Indian journal of veterinary science and animal husbandry - Volume 10,
Year: 1940
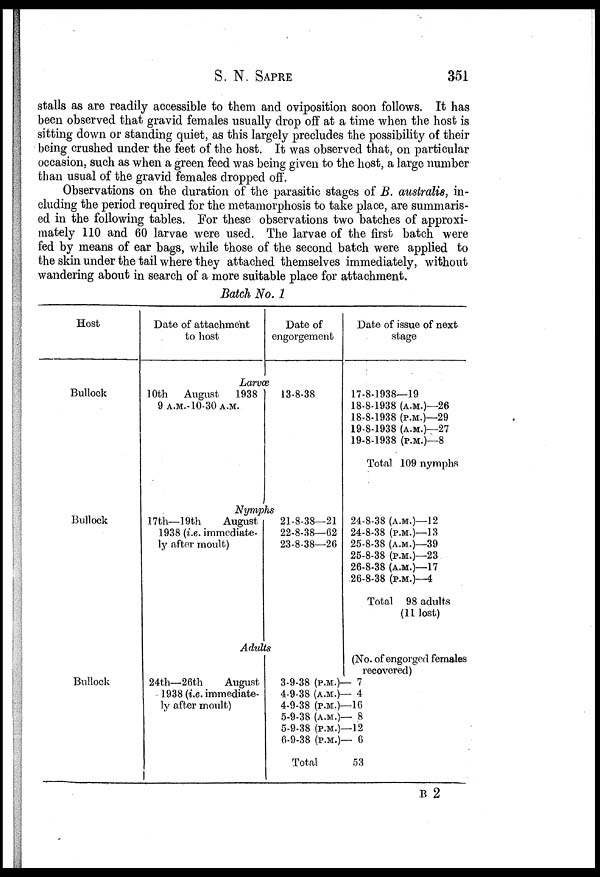
S. N.
SAPRE
351
stalls as are readily accessible to them and oviposition soon follows. It has
been observed that gravid females usually drop off at a time when the host is
sitting down or standing quiet, as this largely precludes the possibility of their
being crushed under the feet of the host. It was observed that, on particular
occasion, such as when a green feed was being given to the host, a large number
than usual of the gravid females dropped off.
Observations on the duration of the parasitic stages of B. australis, in-
cluding the period required for the metamorphosis to take place, are summaris-
ed in the following tables. For these observations two batches of approxi-
mately 110 and 60 larvae were used. The larvae of the first batch were
fed by means of ear bags, while those of the second batch were applied to
the skin under the tail where they attached themselves immediately, without
wandering about in search of a more suitable place for attachment.
Batch No. 1
Host
Bullock
Bullock
Bullock
Date of attachment
to host
Date of
engorgement
Larvæ
10th
August
1938
9 A.M.-10-30 A.M.
13-8-38
Nymphs
17th— 19th
August
1938 (i.e. immediate-
ly after moult)
21-8-38—21
22-8-38—62
23-8-38—26
Adults
24th—26th
August
1938 (i.e. immediate-
ly after moult)
Date of issue of next
stage
17-8-1938—19
18-8-1938 (A.M.)—26
18-8-1938 (P.M.)—29
19-8-1938 (A.M.)—27
19-8-1938 (P.M.)—8
Total 109 nymphs
24-8-38 (A.M.)—12
24-8-38 (P.M.)—13
25-8-38 (A.M.)—39
25-8-38 (P.M.)—23
26-8-38 (A.M)—17
26-8-38 (P.M.)—4
Total 98 adults
(11 lost)
(No. of engorged females
recovered)
3-9-38 (P.M.)— 7
4-9-38 (A.M)— 4
4-9-38 (P.M.)— 16
5-9-38 (A.M)— 8
5-9-38 (P.M.)— 12
6-9-38 (P.M.)— 6
Total
53
B 2